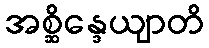
အစ္ဆိန္ဒေယျာတိ